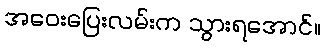
အဝေးပြေးလမ်းက သွားရအောင်။